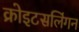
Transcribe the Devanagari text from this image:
क्रोइटसलिंगन